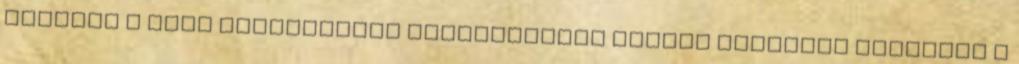
alapján a DVTK Jegesmedvék szakvezetése Kalvin Sagertet tartotta a